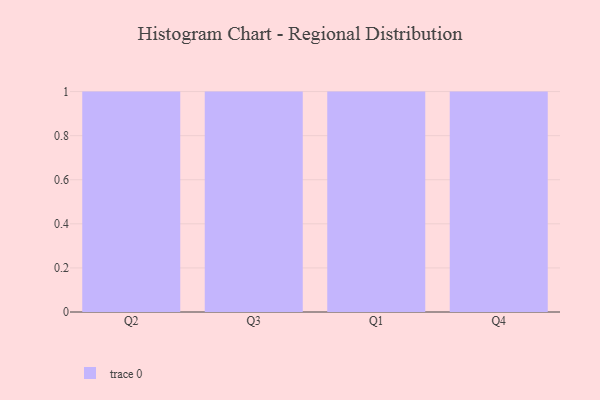
{"axis": {"x": "Quarter", "y": "Tickets Resolved"}, "legend": [""], "data": [{"x": "Q2", "y": 56, "type": ""}, {"x": "Q3", "y": 20, "type": ""}, {"x": "Q1", "y": 68, "type": ""}, {"x": "Q4", "y": 76, "type": ""}]}